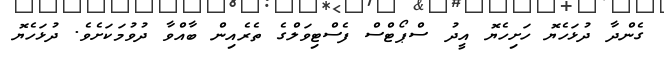
ގެންދާ ދުޅަހެޔޮ ހަށިހެޔޮ އީދު ސްޕޯޓްސް ފެސްޓިވަލްގެ ތެރެއިން ބާއްވާ ދުވުމަކަށެވެ. ދުޅަހެޔޮ